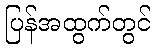
ပြန်အထွက်တွင်